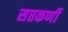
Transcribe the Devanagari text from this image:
सप्तकर्णी